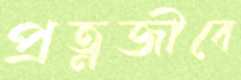
প্রত্নজীবে